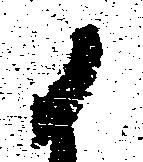
候